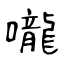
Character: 嚨